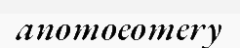
anomoeomery